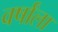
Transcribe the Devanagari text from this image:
वर्षांला